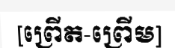
[ព្រើត-ព្រើម]